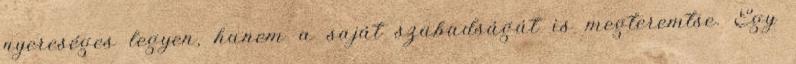
nyereséges legyen, hanem a saját szabadságát is megteremtse. Egy